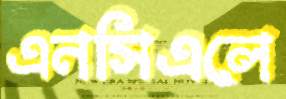
এনসিএলে